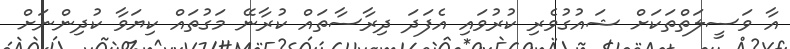
އާ ވަސީލަތްތަކަށް ޝައުގުވެރި ކުރުވައި އެފަދަ ދިރާސާތައް ކުރާނޭ މަގުތައް ކިޔަވާ ކުދިންނަށް